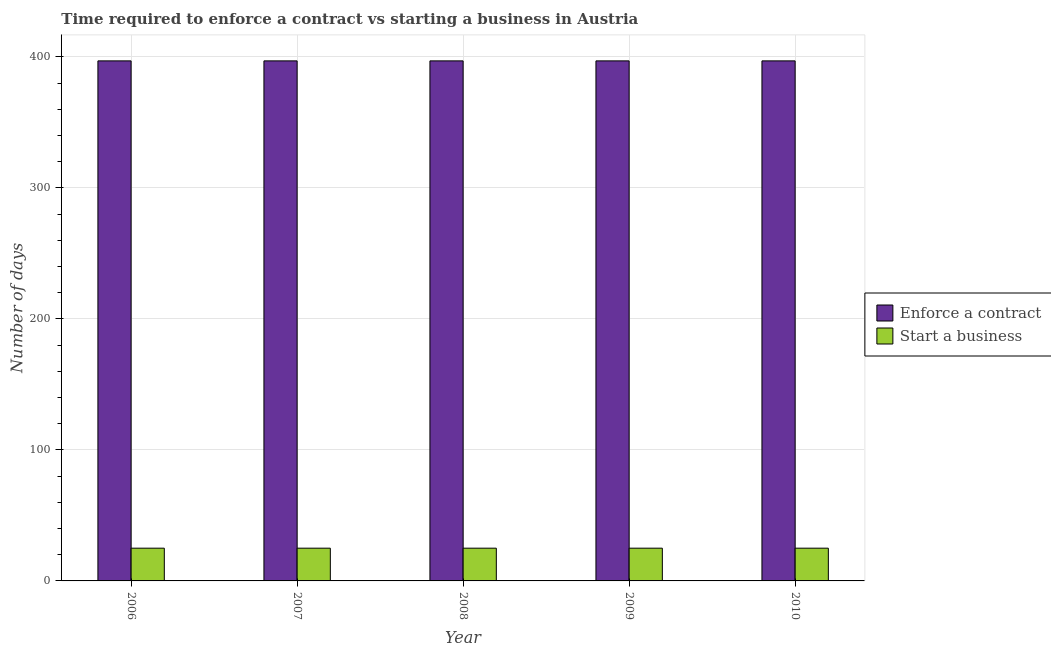
| Year | Enforce a contract | Start a business |
 | --- | --- | --- |
 | 2006 | 397 | 25 |
 | 2007 | 397 | 25 |
 | 2008 | 397 | 25 |
 | 2009 | 397 | 25 |
 | 2010 | 397 | 25 |